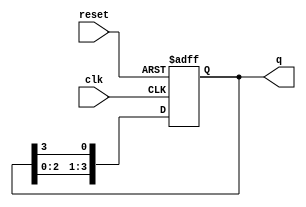
module binary_ring_counter #(
    parameter N = 4  // Number of flip-flops
)(
    input wire clk,      // Clock signal
    input wire reset,    // Asynchronous reset signal
    output reg [N-1:0] q // Output state of the counter
);

// Sequential logic to implement the ring counter
always @(posedge clk or posedge reset) begin
    if (reset) begin
        // Initialize the counter to the first state
        q <= 1'b1; // Only the first flip-flop is set to '1'
    end else begin
        // Shift the '1' to the next flip-flop
        q <= {q[N-2:0], q[N-1]}; // Shift left and wrap around
    end
end

endmodule